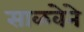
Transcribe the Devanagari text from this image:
साळवेने